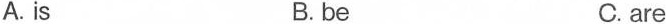
A. is B. be C. are